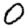
Digit: 0